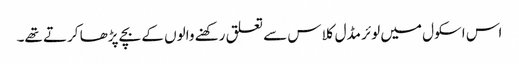
اس اسکول میں لوئر مڈل کلاس سے تعلق رکھنے والوں کے بچے پڑھا کرتے تھے۔